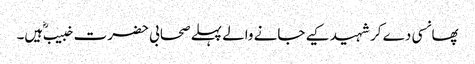
پھانسی دے کر شہید کیے جانے والے پہلے صحابی حضرت خبیب ؓ ہیں۔